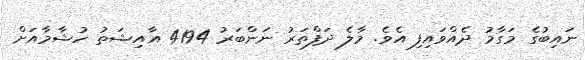
ނައިބުގެ މަގާމު ދެއްވައިފި އެވެ. މާލެ ދަފްތަރު ނަންބަރު 4194 އާއިޝަތު ހުޝާމާއަށް